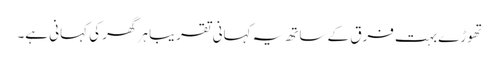
تھوڑے بہت فرق کے ساتھ یہ کہانی تقریبا ہر گھر کی کہانی ہے۔